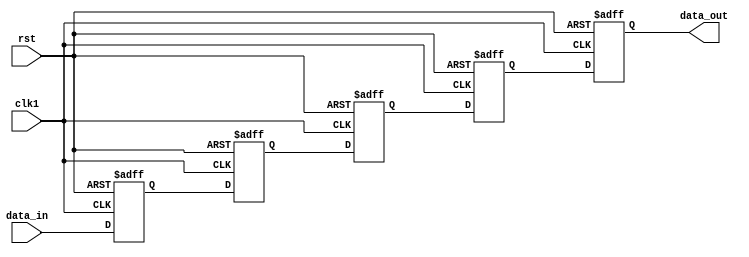
module four_flop_synchronizer (
   input wire clk1,
   input wire rst,
   input wire data_in,
   output reg data_out
);

reg [3:0] flop1, flop2, flop3, flop4;

always @(posedge clk1 or posedge rst) begin
   if (rst) begin
      flop1 <= 1'b0;
      flop2 <= 1'b0;
      flop3 <= 1'b0;
      flop4 <= 1'b0;
      data_out <= 1'b0;
   end else begin
      flop1 <= data_in;
      flop2 <= flop1;
      flop3 <= flop2;
      flop4 <= flop3;
 
      data_out <= flop4;
   end
end

endmodule